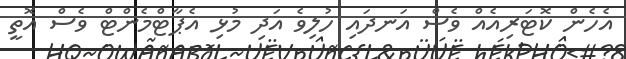
އެހެން ކޮޓަރިއެއް ވެސް އަނދައި ހުލިވެ އަދި މުޅި އެޕާޓްމެންޓް ވެސް އޮތީ